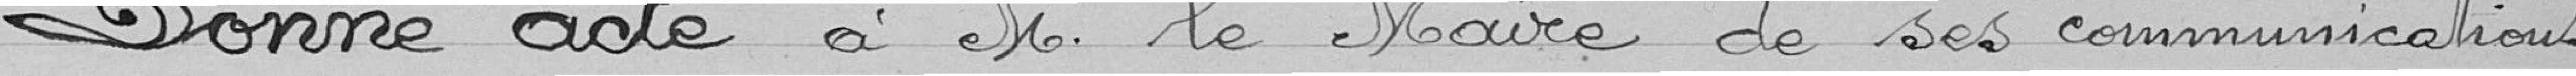
Donne acte à M. le Maire de ses communications